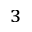
^ 3